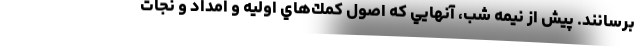
برسانند. پيش از نيمه شب، آنهايي كه اصول كمك‌هاي اوليه و امداد و نجات